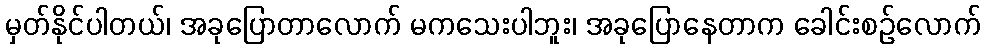
မှတ်နိုင်ပါတယ်၊ အခုပြောတာလောက် မကသေးပါဘူး၊ အခုပြောနေတာက ခေါင်းစဉ်လောက်